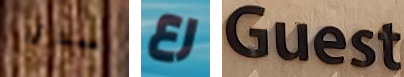
سدى رع Guest